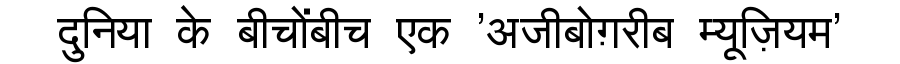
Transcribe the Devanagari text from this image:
दुनिया के बीचोंबीच एक 'अजीबोग़रीब म्यूज़ियम'